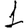
Digit: 1